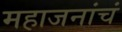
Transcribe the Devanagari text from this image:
महाजनांचं